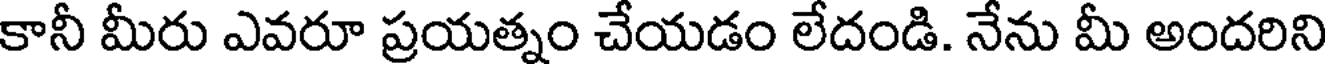
కానీ మీరు ఎవరూ ప్రయత్నం చేయడం లేదండి. నేను మీ అందరిని